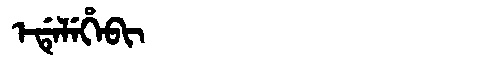
Manchu: ᡝᡩᡝᠯᡝᡥᡝᠪᡳ
Romanization: EDELEHEBI